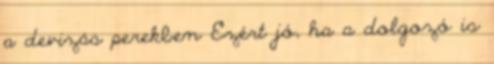
a devizás perekben Ezért jó, ha a dolgozó is